King Institute of Preventive Medicine Bacteriolog. Section reports 1907-08
Year: 1907
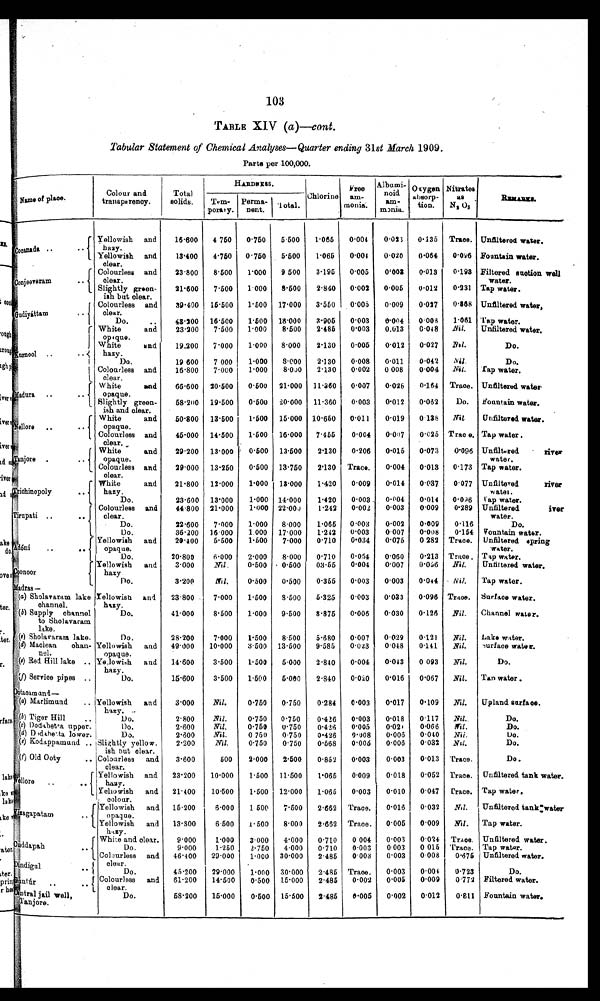
103
TABLE XIV ( a)— cont.
Tabular Statement of Chemical Analyses — Quarter ending 31st March 1909.
Parts per 100,000.
N a m e o f p l a c e .
Colour and
transparency.
Total
solids.
HARDNESS.
Chlorine
F r e e
am -
monia.
Albumi -
noid
am-
m o n i a . Oxygen a b s o r p -
tion.
N i t r a t e s
a s
N 2 O 5
R E M A R K S .
Tem-
porary.
Perma -
nent. Total.
Cocanada .. ..
Yellowish and
hazy.
16.600 4 750 0.750 5.500 1.065 0.004 0.023 0.135 Trace. Unfiltered water.
0 . 0 9 6 Fountain water.
13.400 4.750 0.750 5.500
1 . 0 6 5
0.004 0.020 0.064
Yellowish and
clear.
Filtered suction well
water.
23.800 8.500 1.000 9 500
3.195 0.005
0 . 0 0 2
0.013 0.198
Conjeeveram
..
Colourless and
clear
21.600
7.500 1.000 8.500 2.840 0.002 0.005 0.012 0.231 Tap water.
Slightly green-
ish but clear.
39.400 15.500 1.500 17.000 3.550 0.005 0.009 0.027 0.868 Unfiltered water.
Gudiyáttam
Colourless and
clear.
0.008
1.061 Tap water.
48.200 16.500 1.500 18.000 3.905 0.003 0.004
Do...
Nil. Unfiltered water.
0.048
0.003 0.013
1.000
2.485
8.500
Kurnool White and
opaque
23.200
7.500
19.200 7.000 1.000 8.000 2.130 0.005 0.012 0.027 Nil.
Do.
White and
hazy.
19.600
7 000 1.000 8.000 2.130
0.008 0.011 0.042 Nil.
Do.
Do.
0.002 0 008 0.004 Nil. Tap water.
1.000 8.000 2.130
Colourless and
clear.
16.800 7.000
66.600 20.500 0.500 21.000 11.360 0.007 0.028 0.164 Trace. Unfiltered water.
Madura ..
.
White and
opaque.
58.200 19.500 0.500 20.000 11.360 0.003 0.012 0.062
Do. Fountain water.
Slightly green-
ish and clear.
50.800 13.500 1.500 15.000 10.650 0.011 0.019 0 138 Nil
Unfiltered water.
Nellore .. ..
White and
opaque.
45.000 14.500 1.500 16.000 7.455
0.004 0.007 0.025 Trace. Tap water.
Colourless and
clear.
29.200 13.000 0.500 13.500
2.130 0.206 0.016 0.073 0.096 Uufiltered river
water.
Tanjore ..
White and
opaque.
29.000 13.250 0.500 13.750 2.130 Trace. 0.004 0.013 0.173 Tap water.
Colourless and
clear.
21.800 12.000 1.000 13.000 1.420 0.009 0.014 0.037 0.077 Unfiltered river
water.
Trichinopoly ..
White and
hazy.
23.600 13.000
1.000 14.000
1.420 0.003. 0.004 0.014 0.096 Tap water.
Do.
0.003 0.009 0.289 Unfiltered rive
r water.
0.002
1.000 22.000
1.242
Tirupati ..
.. Colourless and
clear
44.800 21.000
0.116
Do.
22.600 7.000 1.000 8.000
1 . 0 6 5
0.003
0.002 0.009
Do.
0.008 0.154
Fountain water.
0.003 0.007
1.242
36.200
1 6 . 0 0 0 1.000 17.000
Do.
0.075 0 282 Trace. Trace. Unfiltered spring
water.
0.034
0.710
Adóni
..
Yellowish and
opaque
20.400 5.500 1.500 7.000
20.800
6.000 2.000 8.000
0 . 7 1 0
0.054 0.060 0.213 Trace. Tap water.
Do.
0.056 Nil. Unfiltered water.
Coonoor
3.000
Nil.
0.500
0 . 5 0 0 03.55 0.004 0.007
Yellowish and
hazy
3.200
Nil.
0.500 0.500 0.355 0.003 0.003 0.044 Nil. Tap water.
Do.
Madras—
Trace. Surface water.
0.096
0.003 0.033
7.000 1.500 8.500 5.325
Yellowish and
hazy.
2 3 . 8 0 0
( a ) S h o l a v a r a m l a k e
channel.
41.000
8.500 1.000 9.500 8.875 0.006 0.030 0.126 Nil. Channel water.
(b
) S u p p l y c h a n n e l
to Sholavaram
lake.
Do.
0.121 Nil. Lake water.
0.029
5.680 0.007
7.000
1.500 8.500
28.200
Do.
(
c ) S h o l a v a r a m l a k e .
Nil. Surface water.
0.023 0.048 0.141
49.000 10.000 3.500 13.500 9.585
(d) Maclean chan-
nel.
Yellowish and
opaque.
14.600
3.500 1.500 5.000 2.840 0.004 0.043 0.093 Nil.
Do.
(
e ) R e d H i l l l a k e . . Yellowish and
hazy.
15.600
3.500 1.500 5.000 2.840 0.020 0.016 0.067 Nil. Tap water.
( f ) S e r v i c e p i p e s . .
Do.
3.000
Nil.
0.750 0.750
0.284 0.003 0.017 0.109 Nil. Upland surface.
Ootacamund—
Yellowish and
hazy.
(a ) Marlimund..
2.800 Nil.
0.750 0.750
0.426 0.003 0.018 0.117 Nil.
Do.
(b) Tiger Hill..
Do.
Nil.
Do.
0.066
2.600
Nil.
0.750 0.750
0.426 0.005 0.021
(c ) D o d a b e t t a u p p e r .
Do.
Nil.
Do.
0.040
2.600
Nil.
0 750 0.750 0.426 0.008 0.006
(d ) Dodabetta lower.
Do.
Nil.
Do.
0.032
2.200
Nil.
0.750 0.750 0.568 0.006 0.006
(e ) Kodappamund.. Slightly yellow
-
ish but clear.
3.600
500
2.000 2.500 0.852 0.003
0.003 0.013 Trace.
Do.
(f) Old Ooty.. Colourless and
clear.
23.200 10.000 1.500 11.500 1.065 0.009 0.018 0.052 Trace. Unfiltered tank water.
Vellore ..
. .
Yellowish and
hazy.
Trace. Tap water.
21.400
10.500 1.500 12.000 1.065 0.003 0.010
0 . 0 4 7
Yellowish and
colour.
15.200
6.000 1 500 7.500 2.662 Trace. 0.016
0 . 0 3 2 Nil. Unfiltered tank water
V i z a g a p a t a m
. .
Yellowish and
opaque.
13.800
6 . 5 0 0 1.500 8.000 2.662 Trace.
0 . 0 0 5
0.009 Nil. Tap water.
Yellowish and
hazy.
9.000
1.000 3.000 4.000 0.710 0 004 0.003 0.024 Trace. Unfiltered water.
Cuddapah
White and clear.
Trace. Tap water.
0 015
0 . 0 0 3
Do.
9.000
1.250
2.750 4.000 0.710 0.003
0.008
0.675 Unfiltered water.
0.003
46.400 29.000 1.000
3 0 . 0 0 0 2.485 0.003
Colourless and
clear.
45.200 29.000 1.000 30.000 2.485 Trace. 0.003 0.004
0.723
Do.
Dindigu1
Do
0.772 Filtered water.
0.005 0.009
0.002
61.200 14.500 0.500 15.000 2.485
Guntúr ..
. . Colourless and
clear.
0.012
0.811 Fountain water.
0.002
58.200 15.000 0.500 15.500 2.485 0.005
Central jail well,
Tanjore.
Do.